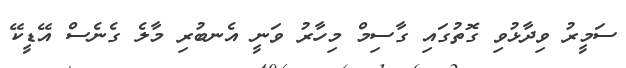
ސަމީރު ވިދާޅުވި ގޮތުގައި ގާސިމް މިހާރު ވަނީ އެނބުރި މާލެ ގެނެސް އޭޑީކޭ